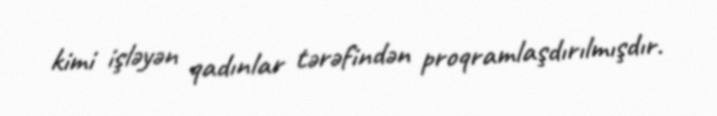
kimi işləyən qadınlar tərəfindən proqramlaşdırılmışdır.